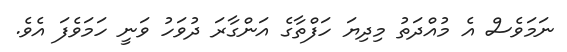
ނަމަވެސް އެ މުއްދަތު މިދިޔަ ހަފްތާގެ އަންގާރަ ދުވަހު ވަނީ ހަމަވެފަ އެވެ.